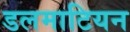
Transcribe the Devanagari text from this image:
डलमाटियन